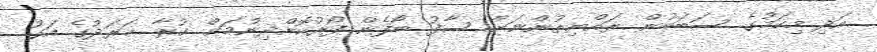
އަދި މިކަމުގެ ސަބަބުން ރައްޔިތުންނަށް ސާފު ބޯފެން ފޯރުކޮށްދިނުމަށް ކުރާ ޚަރަދުގެ އަގު